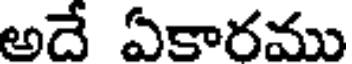
అదే ఏకారము